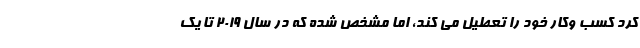
کرد کسب وکار خود را تعطیل می کند، اما مشخص شده که در سال ۲۰۱۹ تا یک